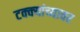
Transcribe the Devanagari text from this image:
टक्‍क्‍यांच्यावर